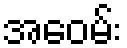
အေဝမ်း